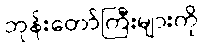
ဘုန်းတော်ကြီးများကို